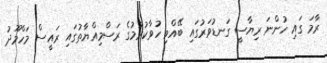
ރާމަ ގައި ހުންނަ ރިޔާސީ ގަނޑުވަރުގައި ބޭއްވި ހުވާކުރުމުގެ ރަސްމިއްޔާތުގައި ރައީސް މަހްމޫދު